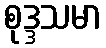
စုဒ္ဒသမာ